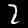
Digit: 2